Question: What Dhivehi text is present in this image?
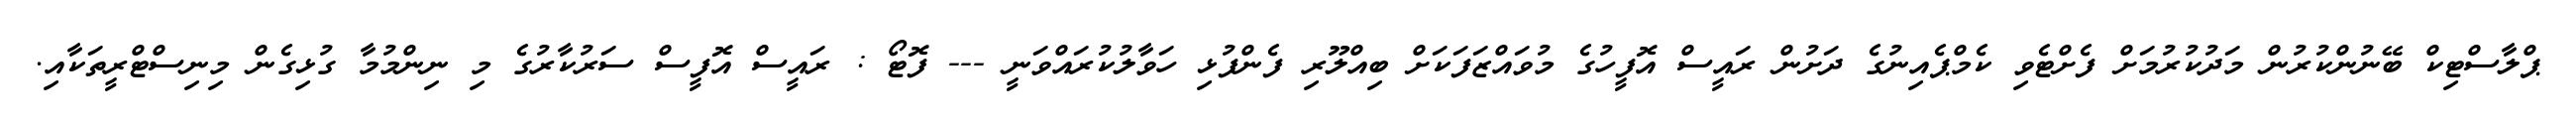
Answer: ޕްލާސްޓިކް ބޭނުންކުރުން މަދުކުރުމަށް ފެށްޓެވި ކެމްޕެއިނުގެ ދަށުން ރައީސް އޮފީހުގެ މުވައްޒަފަކަށް ބިއްލޫރި ފެންފުޅި ހަވާލުކުރައްވަނީ --- ފޮޓޯ : ރައީސް އޮފީސް ސަރުކާރުގެ މި ނިންމުމާ ގުޅިގެން މިނިސްޓްރީތަކާއި.